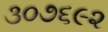
૩૦૭૬૯૨